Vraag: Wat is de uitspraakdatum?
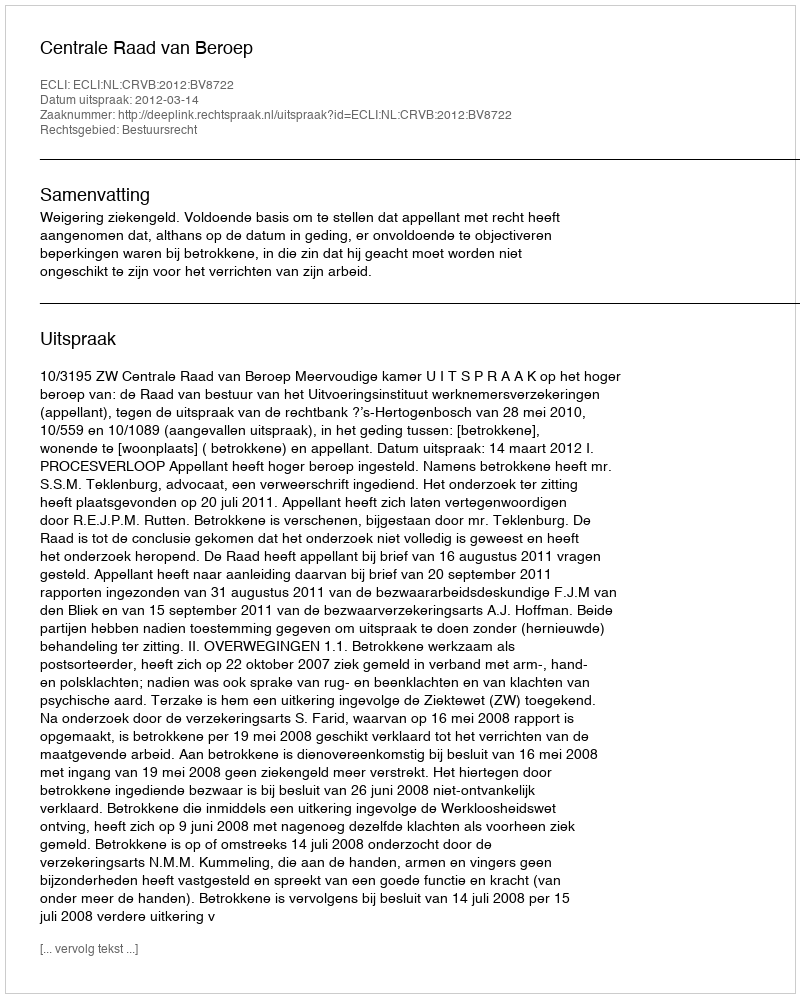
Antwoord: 2012-03-14